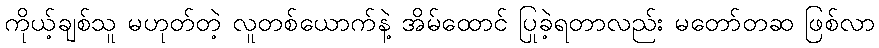
ကိုယ့်ချစ်သူ မဟုတ်တဲ့ လူတစ်ယောက်နဲ့ အိမ်ထောင် ပြုခဲ့ရတာလည်း မတော်တဆ ဖြစ်လာ